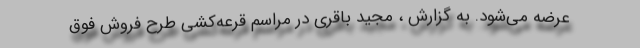
عرضه می‌شود. به گزارش ، مجید باقری در مراسم قرعه‌کشی طرح فروش فوق